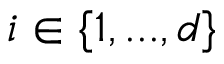
i \in \{ 1 , . . . , d \}